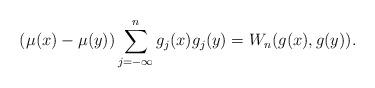
LaTeX: \begin{align*} \left(\mu(x)-\mu(y)\right)\sum_{j=-\infty}^{n}g_{j}(x)g_{j}(y)=W_{n}(g(x),g(y)). \end{align*}